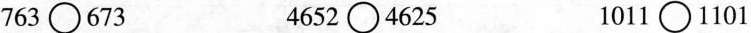
763\bigcirc673 4652\bigcirc4625 1011\bigcirc1101